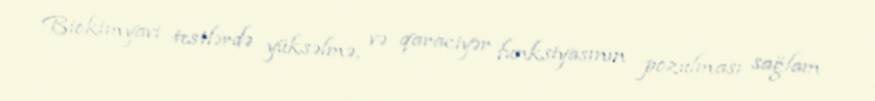
Biokimyavi testlərdə yüksəlmə, və qaraciyər funksiyasının pozulması sağlam